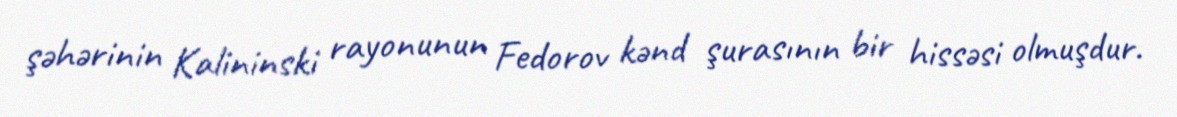
şəhərinin Kalininski rayonunun Fedorov kənd şurasının bir hissəsi olmuşdur.